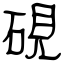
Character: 硯